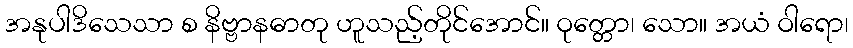
အနုပါဒိသေသာ စ နိဗ္ဗာနဓာတု ဟူသည့်တိုင်အောင်။ ဝုတ္တော၊ သော။ အယံ ဝါရော၊